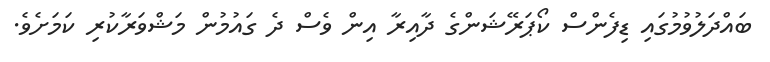
ބައްދަލުވުމުގައި ޑިފެންސް ކޯޕަރޭޝަންގެ ދާއިރާ އިން ވެސް ދެ ގައުމުން މަޝްވަރާކުރި ކަމަށެވެ.